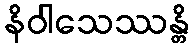
နိဝါသေဿန္တိ